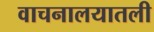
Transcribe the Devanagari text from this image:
वाचनालयातली